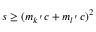
s \ge ( m _ { k ^ { \, ^ { \prime } } } c + m _ { l ^ { \, ^ { \prime } } } c ) ^ { 2 }